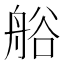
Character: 𮎐